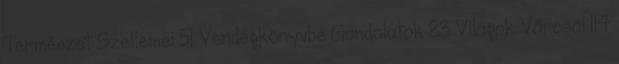
Természet Szellemei 51 Vendégkönyvbe Gondolatok 83 Világok Városai 114